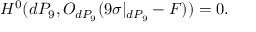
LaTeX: H ^ { 0 } ( d P _ { 9 } , { \cal O } _ { d P _ { 9 } } ( 9 \sigma | _ { d P _ { 9 } } - F ) ) = 0 .